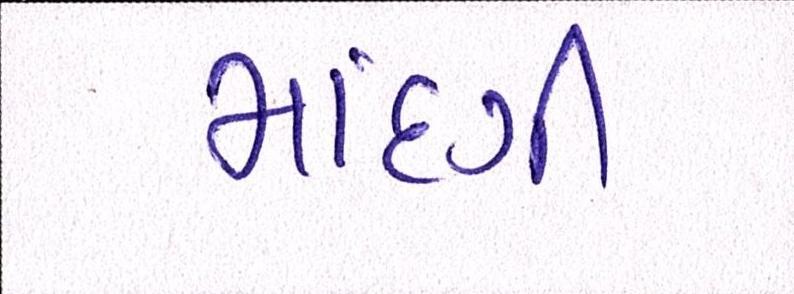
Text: માંદગી